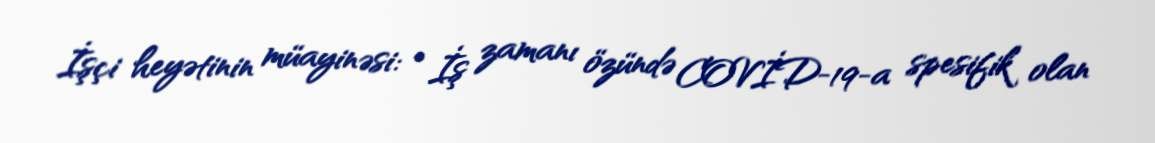
İşçi heyətinin müayinəsi: • İş zamanı özündə COVİD-19-a spesifik olan